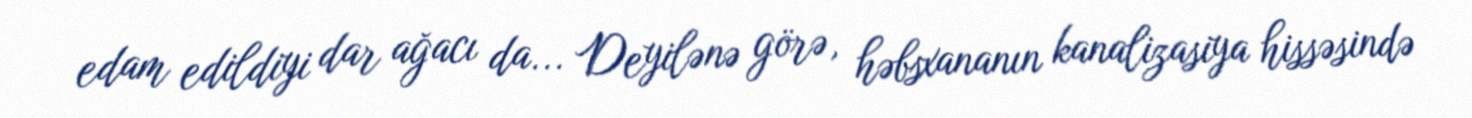
edam edildiyi dar ağacı da... Deyilənə görə, həbsxananın kanalizasiya hissəsində